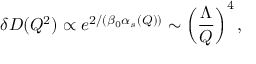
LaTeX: \delta D ( Q ^ { 2 } ) \propto e ^ { 2 / ( \beta _ { 0 } \alpha _ { s } ( Q ) ) } \sim \left( \frac { \Lambda } { Q } \right) ^ { 4 } ,